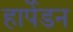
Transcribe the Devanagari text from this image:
हार्पेडन